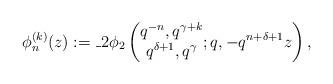
LaTeX: \begin{align*}\phi_n^{(k)}(z):=\_2\phi_2\left(\begin{matrix}q^{-n},q^{\gamma+k}\\q^{\delta+1},q^\gamma\end{matrix};q,-q^{n+\delta+1}z\right),\end{align*}